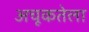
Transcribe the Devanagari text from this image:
अचूकतेला